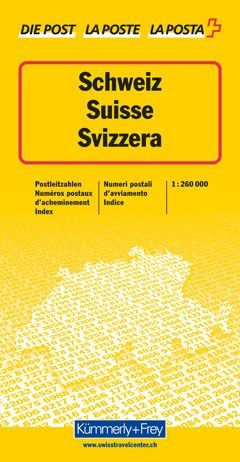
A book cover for Zip Code Map: Thematic Map (German Edition); K Ummerly; Travel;